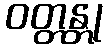
ဝတ္တန္တု